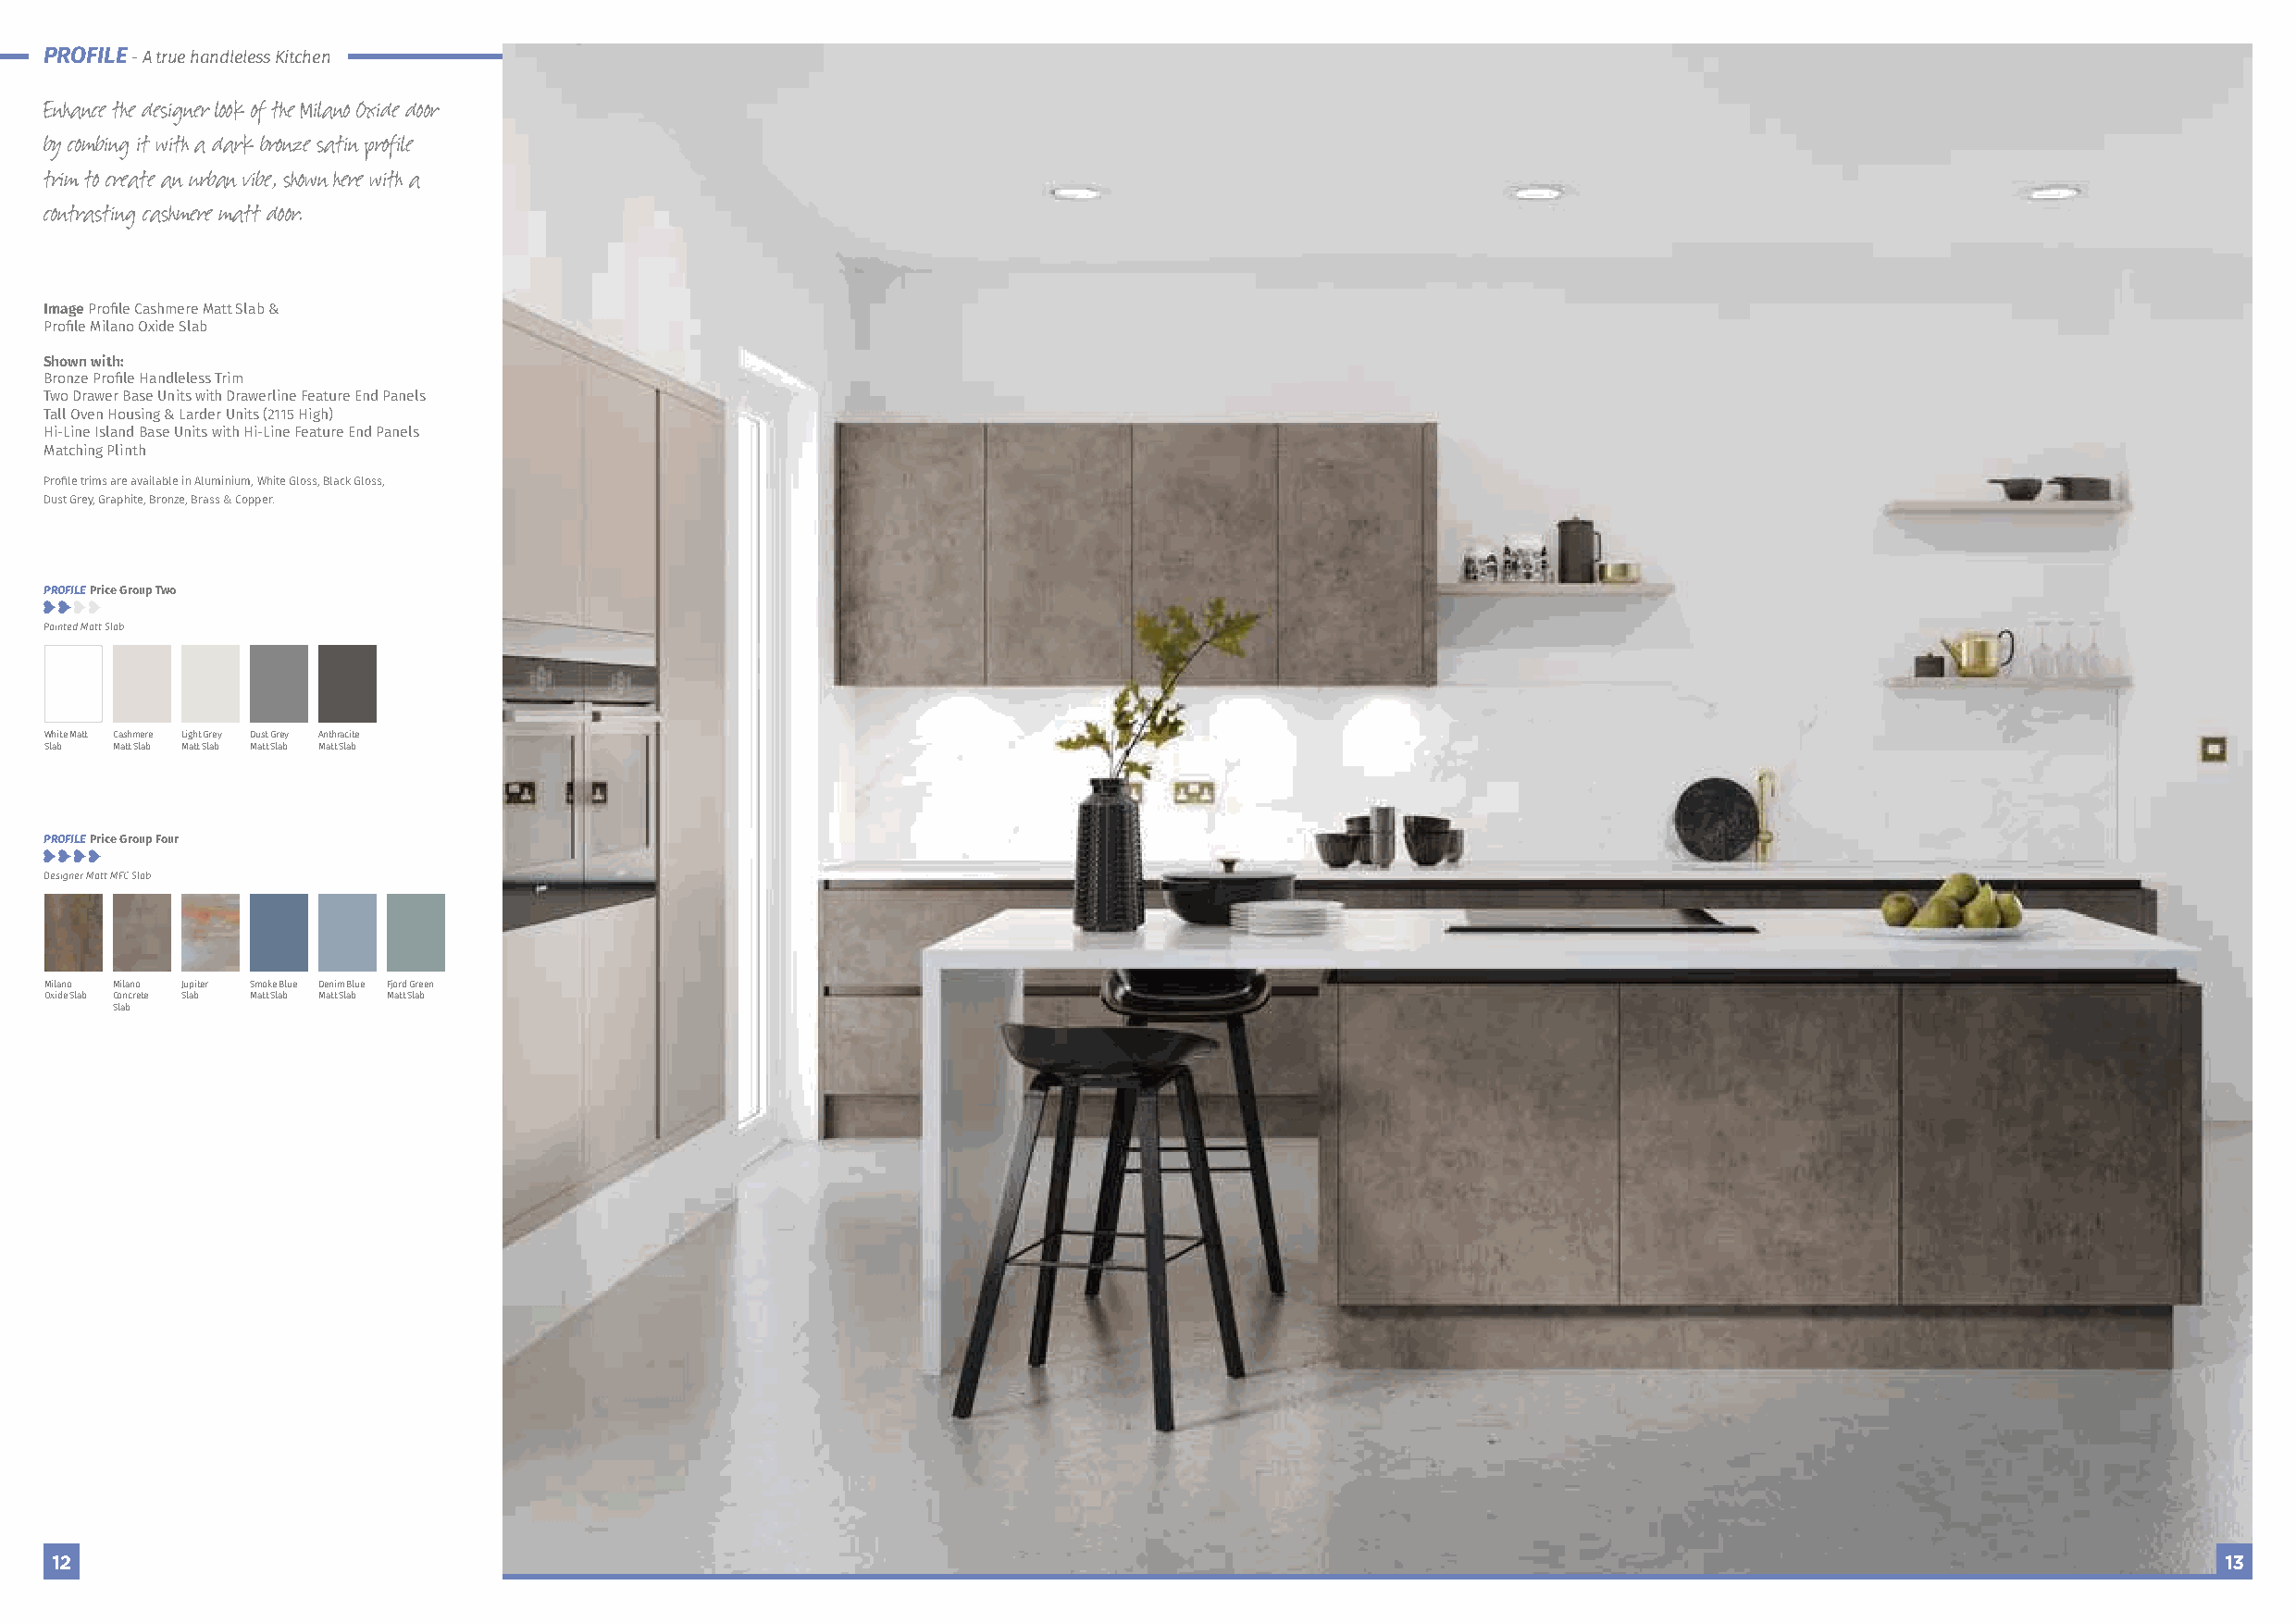
PROFILE
 - A true handleless Kitchen
 Enhance the designer look of the Milano Oxide door
 by combing it with a dark bronze satin profile
 trim to create an urban vibe, shown here with a
 contrasting cashmere matt door.
 Image Profile Cashmere Matt Slab &
 Profile Milano Oxide Slab
 Shown with:
 Bronze Profile Handleless Trim
 Two Drawer Base Units with Drawerline Feature End Panels
 Tall Oven Housing & Larder Units (2115 High)
 Hi-Line Island Base Units with Hi-Line Feature End Panels
 Matching Plinth
 Profile trims are available in Aluminium, White Gloss, Black Gloss,
 Dust Grey, Graphite, Bronze, Brass & Copper.
 PROFILE Price Group Two
 Painted Matt Slab
 White Matt Cashmere Light Grey Dust Grey Anthracite
 Slab Matt Slab Matt Slab Matt Slab Matt Slab
 PROFILE Price Group Four
 Designer Matt MFC Slab
 Milano Milano Jupiter Smoke Blue Denim Blue Fjord Green
 Oxide Slab Concrete Slab Matt Slab Matt Slab Matt Slab
 Slab
 12                                                                                                                                                         13